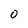
Character: 0